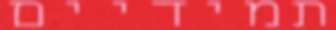
תמידיים